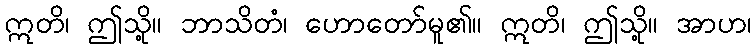
ဣတိ၊ ဤသို့။ ဘာသိတံ၊ ဟောတော်မူ၏။ ဣတိ၊ ဤသို့။ အာဟ၊